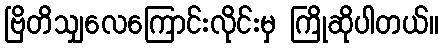
ဗြိတိသျှလေကြောင်းလိုင်းမှ ကြိုဆိုပါတယ်။